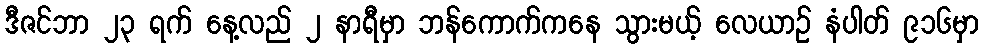
ဒီဇင်ဘာ ၂၃ ရက် နေ့လည် ၂ နာရီမှာ ဘန်ကောက်ကနေ သွားမယ့် လေယာဉ် နံပါတ် ၉၁၆မှာ